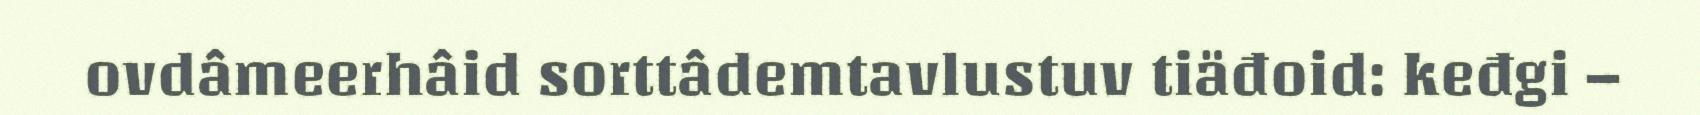
ovdâmeerhâid sorttâdemtavlustuv tiäđoid: keđgi –